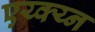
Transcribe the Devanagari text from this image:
एय्क्य्न